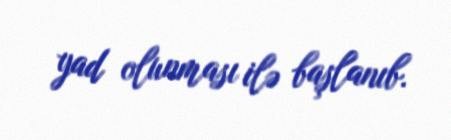
yad olunması ilə başlanıb.